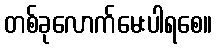
တစ်ခုလောက်မေးပါရစေ။